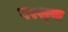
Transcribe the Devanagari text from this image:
परश्‍या